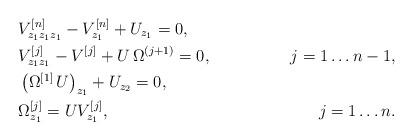
LaTeX: \begin{align*}& V^{[n]}_{z_1z_1z_1}- V^{[n]}_{ z_1}+U_{z_1}=0,& \\& V^{[j]}_{z_1z_1}-V^{[j]}+U\,\Omega^{(j+1)}=0, & j=1\dots n-1,\\& \left(\Omega^{[1]}\,U\right)_{z_1}+U_{z_2}=0, &\\& \Omega^{[j]}_{z_1}=UV^{[j]}_{z_1},& j=1\dots n.\end{align*}